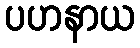
ပဟနာယ